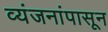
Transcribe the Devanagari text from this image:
व्यंजनांपासून